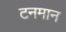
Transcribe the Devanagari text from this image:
टनमान